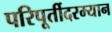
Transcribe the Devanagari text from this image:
परिपूर्तीदरम्यान